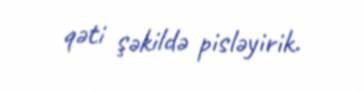
qəti şəkildə pisləyirik.